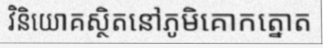
វិនិយោគស្ថិតនៅភូមិគោកត្នោត